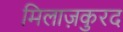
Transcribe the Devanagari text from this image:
मिलाज़कुरद